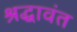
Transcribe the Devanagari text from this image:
श्रद्धावंत